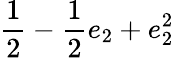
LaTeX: \displaystyle\frac{1}{2}-\frac{1}{2}e_{2}+e_{2}^{2}